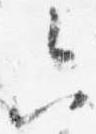
六